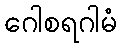
ဂေါစရဂါမံ